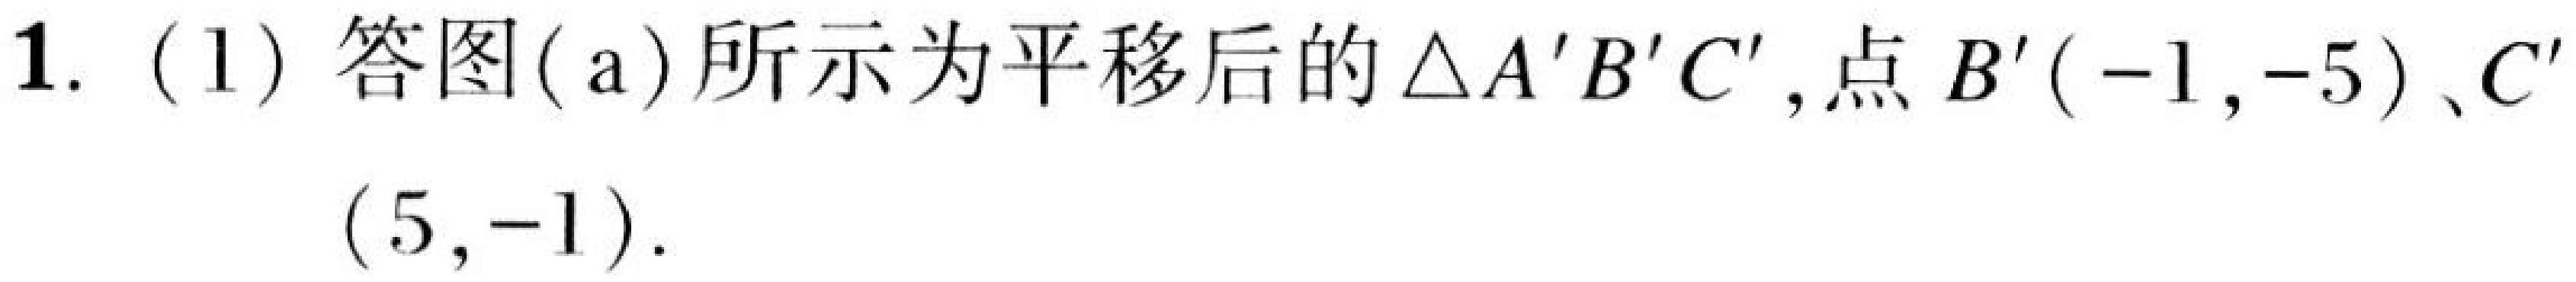
1. (1) 答图(a)所示为平移后的\(\triangle A'B'C'\)，点\(B'(-1,-5)\)、\(C'(5,-1)\).